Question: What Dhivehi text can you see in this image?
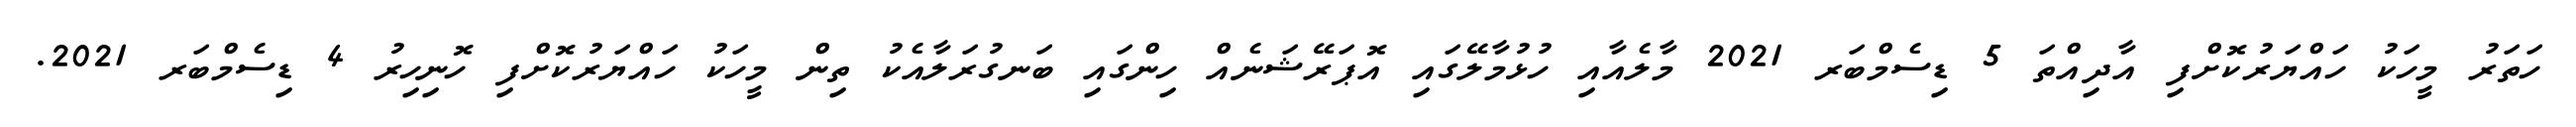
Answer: ހަތަރު މީހަކު ހައްޔަރުކޮށްފި އާދިއްތަ 5 ޑިސެމްބަރ 2021 މާލެއާއި ހުޅުމާލޭގައި އޮޕަރޭޝަނެއް ހިންގައި ބަނގުރަލާއެކު ތިން މީހަކު ހައްޔަރުކޮށްފި ހޮނިހިރު 4 ޑިސެމްބަރ 2021.